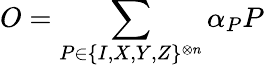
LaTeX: O=\sum_{P\in\{ I,X,Y,Z\} ^{\otimes n}}\alpha_{P}P